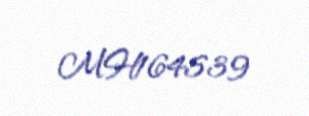
MH164539